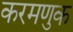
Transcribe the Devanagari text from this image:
करमणुक